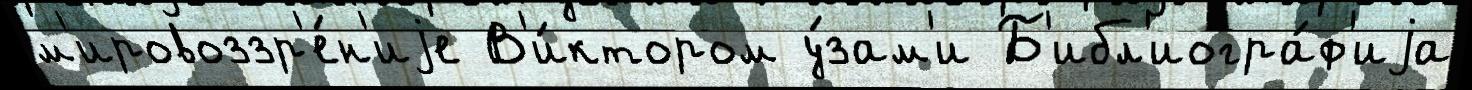
м'ировоззр'е́н'иjе В'и́ктором у́зам'и Б'ибл'иогра́ф'иjа